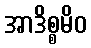
အာဒိစ္စမိဝ